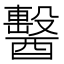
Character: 𨣗